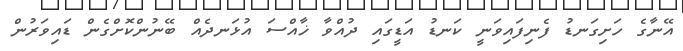
އޭނާގެ ހަށިގަނޑު ފެނިފައިވަނީ ކަނޑު އަޑީގައި ދުއްވާ ޚާއްސަ އުޅަނދެއް ބޭނުންކޮށްގެން ޑައިވަރުން